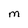
Character: M